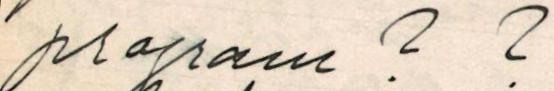
program ? ?